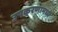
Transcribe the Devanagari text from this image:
उपकरणामध्ये